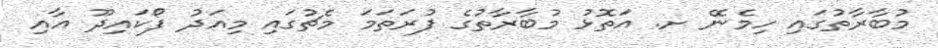
މުބާރާތުގައި ހިމެނޭ ށ. އަތޮޅު މުބާރާތުގެ ފުރަތަމަ މެޗުގައި މިއަދު ފޯކައިދޫ އާއި